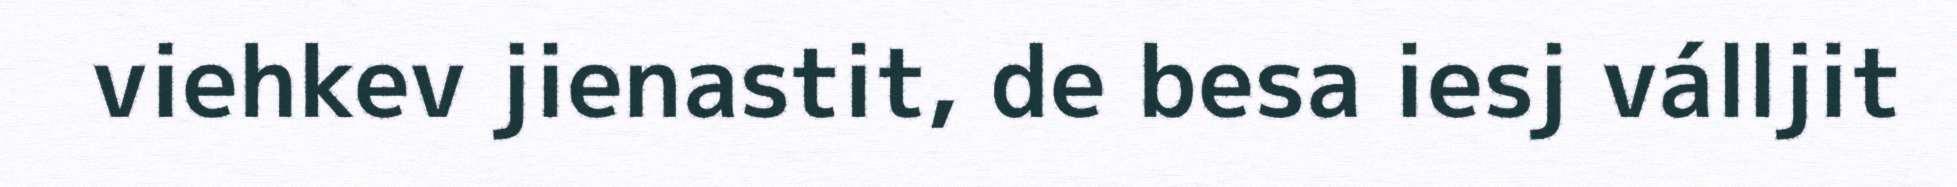
viehkev jienastit, de besa iesj válljit